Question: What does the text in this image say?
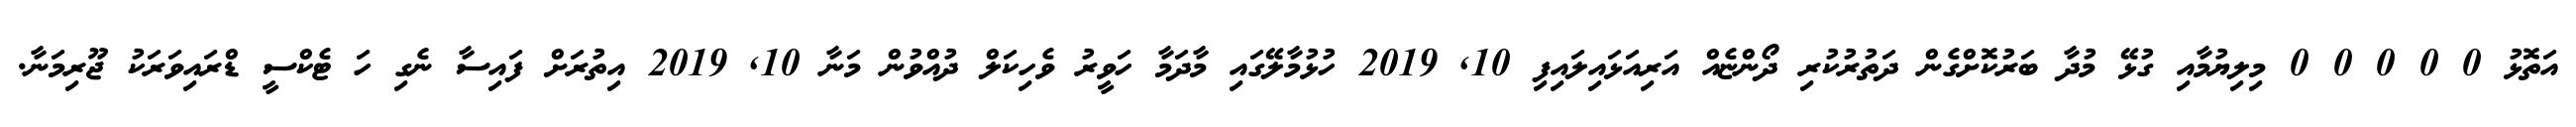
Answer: އަތޮޅު 0 0 0 0 0 މިލިޔުމާއި ގުޅޭ މުދާ ބަރުކޮށްގެން ދަތުރުކުރި ދޯންޏެއް އަރިއަޅައިލައިފި 10, 2019 ހުޅުމާލޭގައި މާދަމާ ހަވީރު ވެހިކަލް ދުއްވުން މަނާ 10, 2019 އިތުރަށް ފައިސާ ނެގި ހަ ޓެކްސީ ޑްރައިވަރަކު ޖޫރިމަނާ.